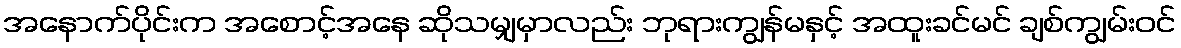
အနောက်ပိုင်းက အစောင့်အနေ ဆိုသမျှမှာလည်း ဘုရားကျွန်မနှင့် အထူးခင်မင် ချစ်ကျွမ်းဝင်